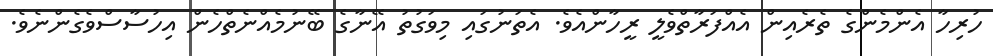
ހުރިހާ އެންމެންގެ ތެރެއިން އެއްފަރާތްވެލީ ރީހާންއެވެ. އެތަނުގައި މިވަގުތު އޭނާގެ ބޭނުމެއްނެތްހެން އިހުސާސްވެގެންނެވެ.